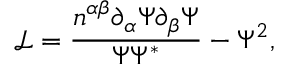
\mathcal { L } = \frac { n ^ { \alpha \beta } \partial _ { \alpha } \Psi \partial _ { \beta } \Psi } { \Psi \Psi ^ { * } } - \Psi ^ { 2 } ,